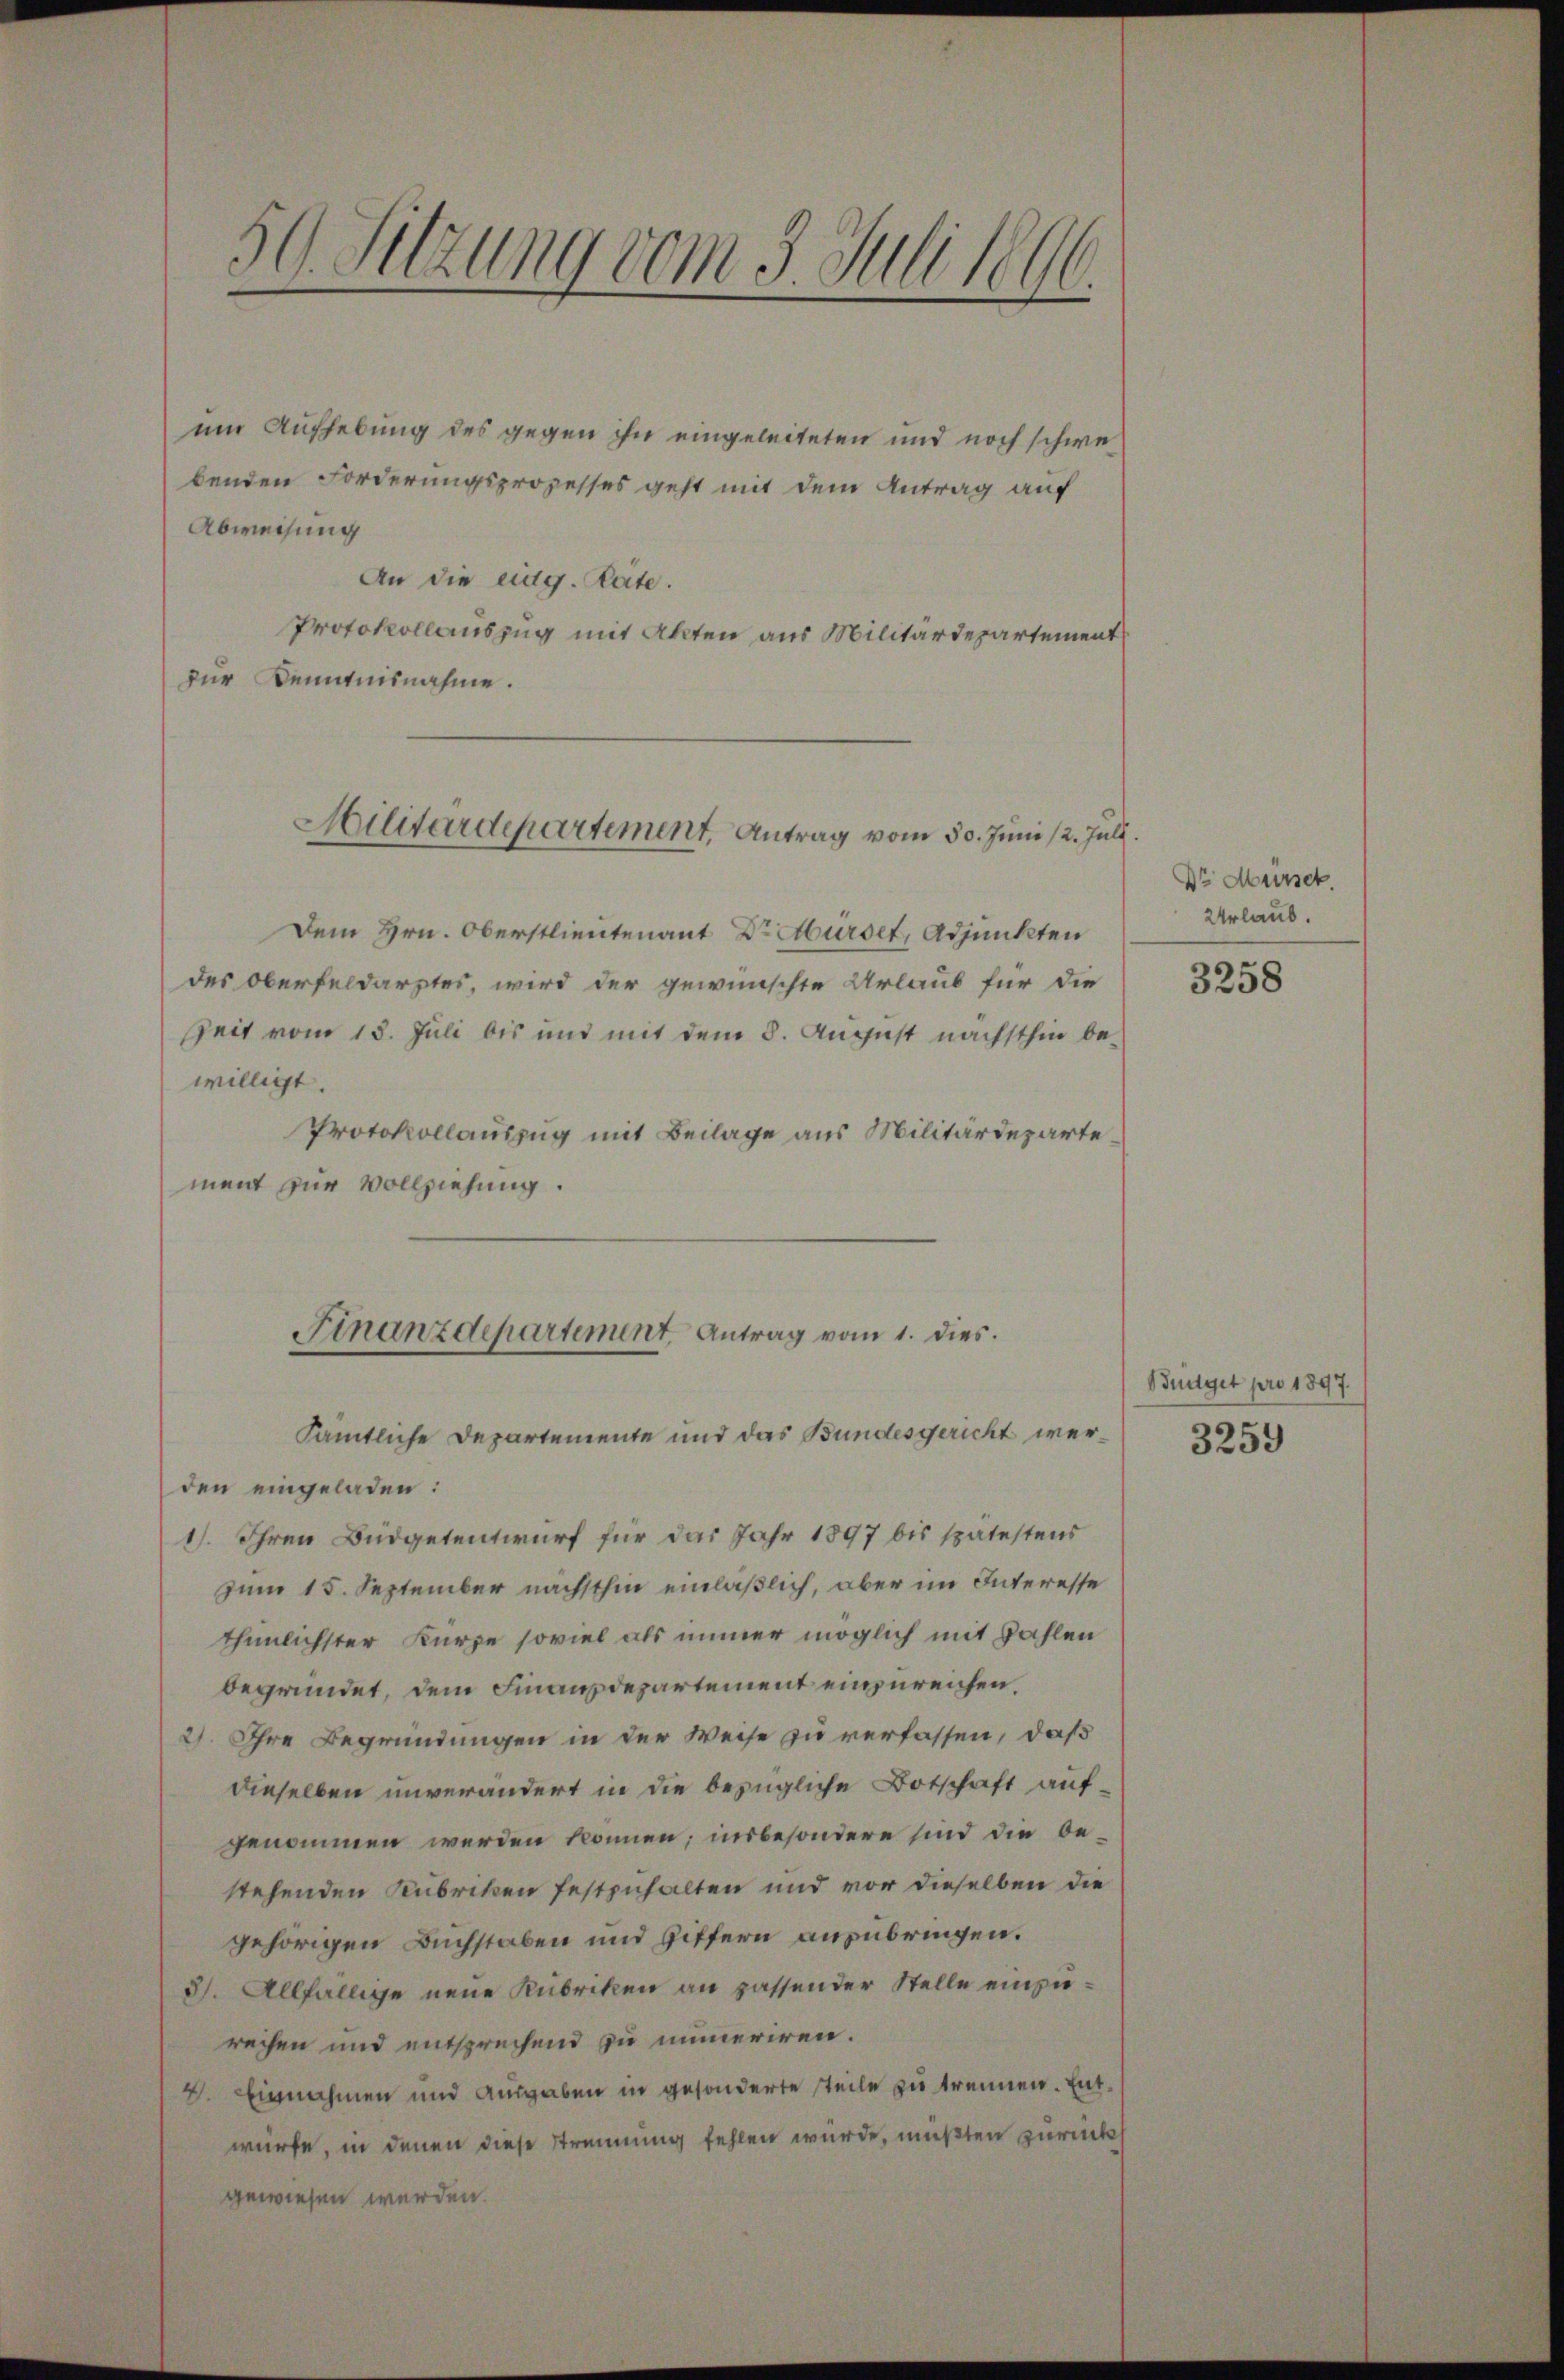
50. Sitzung vom 5. Juli 1896.

um Aufhebung des gegen ihn eingeleiteten und noch schwe
benden Forderungsprozesses geht mit dem Antrag auf
Abweisung
An die eidg. Rate.
Protokollauszug mit Akten aus Militärdepartement
zur Kenntnisnahme.
Dem Hrn. Oberstlieutenant Dr Hürset, Adjunkten
des Oberfeldarztes, wird der gewünschte Urlaub für die
Zeit vom 13. Juli bis und mit dem 8. August nächsthin bewilligt.
Protokollauszug mit Beilage aus Militärdepartement zur Vollziehung.
Finanzdepartement Antrag vom 1. dies.
Sämtliche Departemente und das Bundesgericht werden eingeladen:
1). Ihren Budgetentwurf für das Jahr 1897 bis spätestens
zum 15. September nächsthin einläßlich, aber im Interesse
thunlichster Kurze soviel als immer möglich mit Zahlen
begründet, dem Finanzdepartement einzureichen.
2). Ihre Begründungen in der Weise zu verfassen, daß
dieselben unverändert in die bezügliche Botschaft aufgenommen werden können; insbesondere sind die bestehenden Rubriken festzuhalten und vor dieselben die
gehörigen Buchstaben und Ziffern anzubringen.
31. Allfällige neue Rubriken an passender Stelle einzurechen und entsprechend zu immeriren.
4. Einnahmen und Ausgaben in gesonderte teile zu trennen. Entwürfe, in denen diese Strennung fehlen wurde, mußten zurücks
gewiesen werden.

Militärdepartement, Antrag vom 30. Juni /2. Juli.

Dr. Müsse.
Urlaub.

3258

Büdget pro 1897.
3259